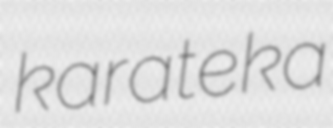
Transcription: karateka